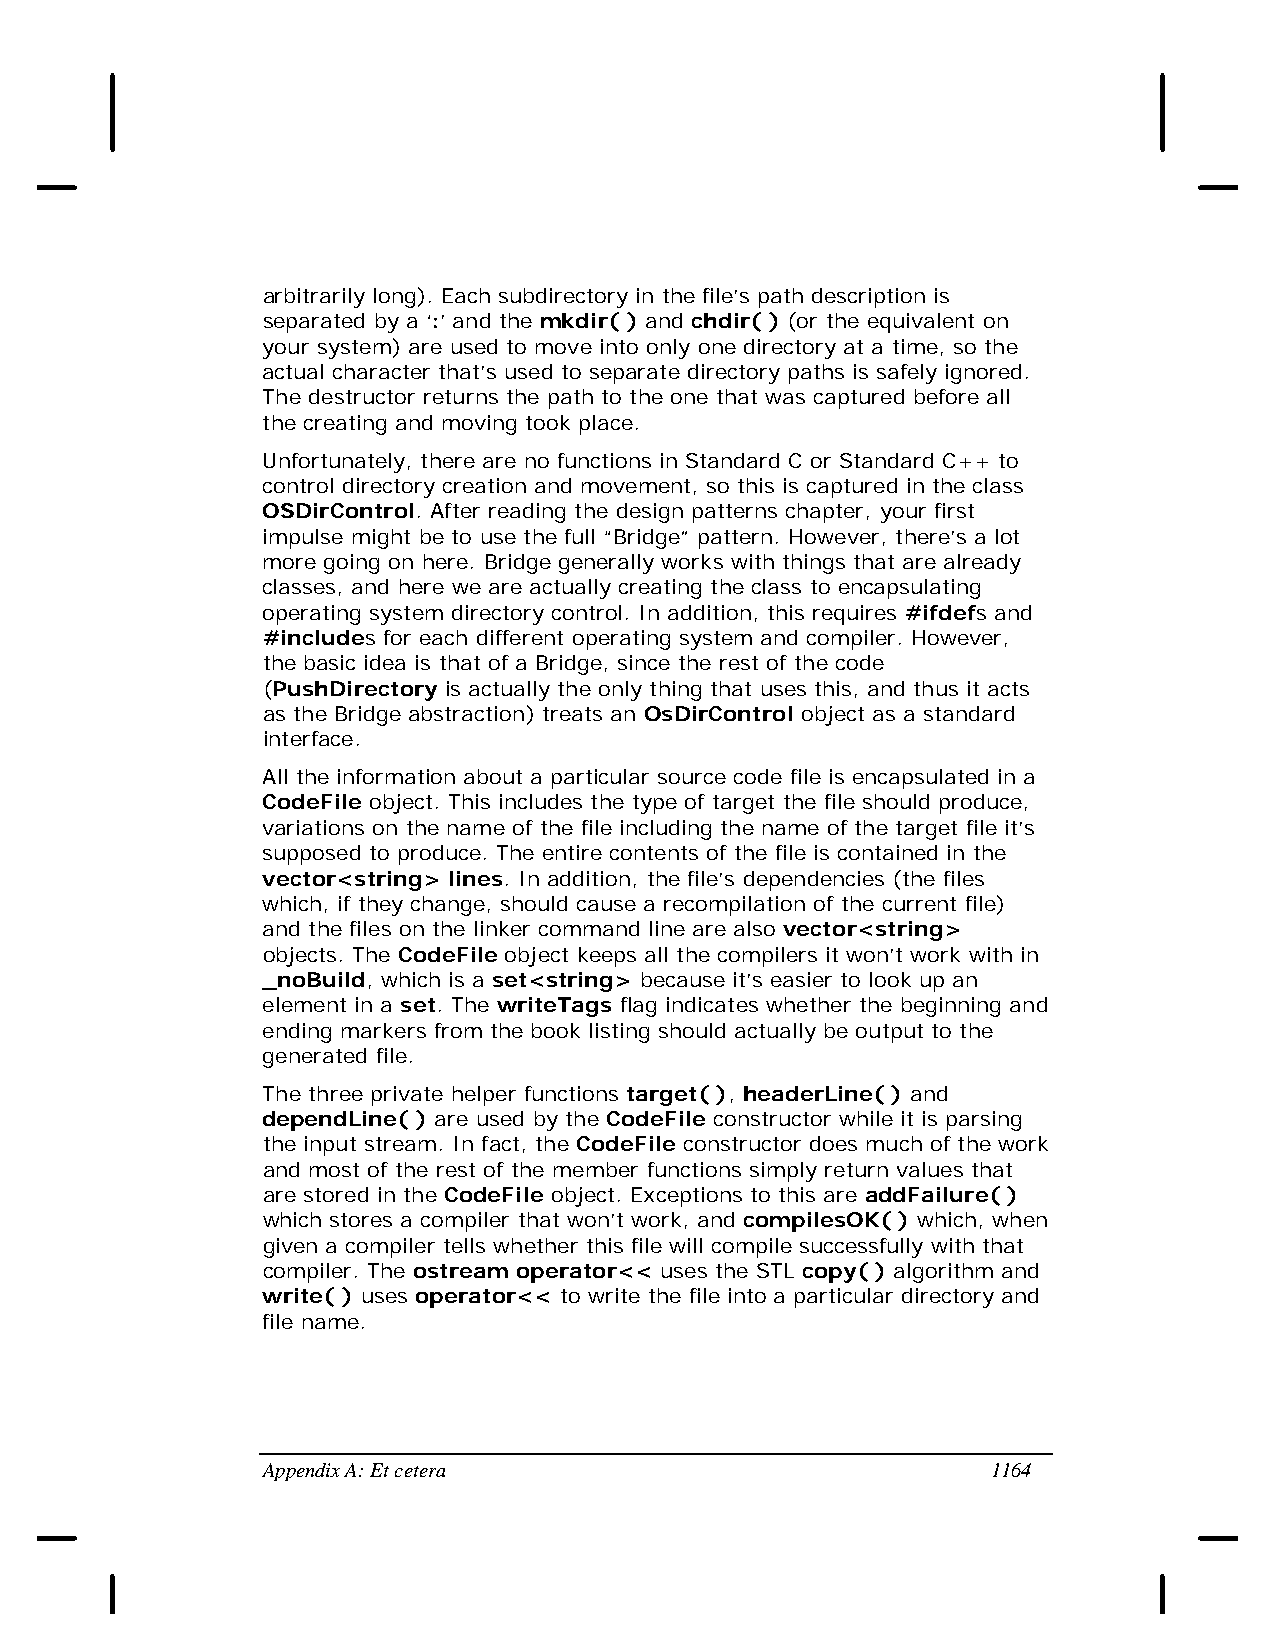
arbitrarily long). Each subdirectory in the file’s path description is
 separated by a ‘:’ and the mkdir( ) and chdir( ) (or the equivalent on
 your system) are used to move into only one directory at a time, so the
 actual character that’s used to separate directory paths is safely ignored.
 The destructor returns the path to the one that was captured before all
 the creating and moving took place.
 Unfortunately, there are no functions in Standard C or Standard C++ to
 control directory creation and movement, so this is captured in the class
 OSDirControl. After reading the design patterns chapter, your first
 impulse might be to use the full “Bridge” pattern. However, there’s a lot
 more going on here. Bridge generally works with things that are already
 classes, and here we are actually creating the class to encapsulating
 operating system directory control. In addition, this requires #ifdefs and
 #includes for each different operating system and compiler. However,
 the basic idea is that of a Bridge, since the rest of the code
 (PushDirectory is actually the only thing that uses this, and thus it acts
 as the Bridge abstraction) treats an OsDirControl object as a standard
 interface.
 All the information about a particular source code file is encapsulated in a
 CodeFile object. This includes the type of target the file should produce,
 variations on the name of the file including the name of the target file it’s
 supposed to produce. The entire contents of the file is contained in the
 vector<string> lines. In addition, the file’s dependencies (the files
 which, if they change, should cause a recompilation of the current file)
 and the files on the linker command line are also vector<string>
 objects. The CodeFile object keeps all the compilers it won’t work with in
 _noBuild, which is a set<string> because it’s easier to look up an
 element in a set. The writeTags flag indicates whether the beginning and
 ending markers from the book listing should actually be output to the
 generated file.
 The three private helper functions target( ), headerLine( ) and
 dependLine( ) are used by the CodeFile constructor while it is parsing
 the input stream. In fact, the CodeFile constructor does much of the work
 and most of the rest of the member functions simply return values that
 are stored in the CodeFile object. Exceptions to this are addFailure( )
 which stores a compiler that won’t work, and compilesOK( ) which, when
 given a compiler tells whether this file will compile successfully with that
 compiler. The ostream operator<< uses the STL copy( ) algorithm and
 write( ) uses operator<< to write the file into a particular directory and
 file name.
 Appendix A: Et cetera                            1164